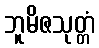
ဘူမိဇသုတ္တံ